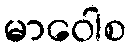
မာဝေါစ